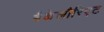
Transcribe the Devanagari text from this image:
बैकेलौरिएट